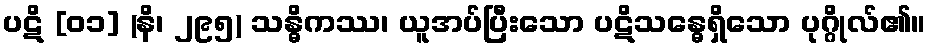
ပဋိ [၀၁] (နိ၊ ၂၉၅) သန္ဓိကဿ၊ ယူအပ်ပြီးသော ပဋိသန္ဓေရှိသော ပုဂ္ဂိုလ်၏။